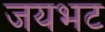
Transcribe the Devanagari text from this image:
जयभट